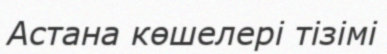
Астана көшелері тізімі